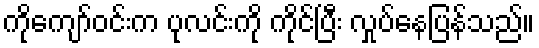
ကိုကျော်ဝင်းက ပုလင်းကို ကိုင်ပြီး လှုပ်နေပြန်သည်။